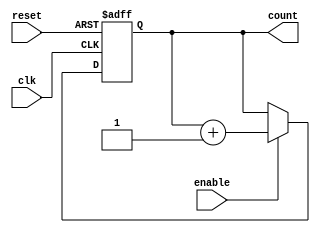
module cascaded_counter (
    input wire clk,        // Clock input
    input wire reset,      // Asynchronous reset
    input wire enable,     // Enable signal
    output reg [3:0] count // 4-bit count output
);

// Always block for the counter's operation
always @(posedge clk or posedge reset) begin
    if (reset) begin
        count <= 4'b0000; // Reset the count to 0
    end else if (enable) begin
        // Counter operation
        count <= count + 1; // Increment the count
    end
end

endmodule